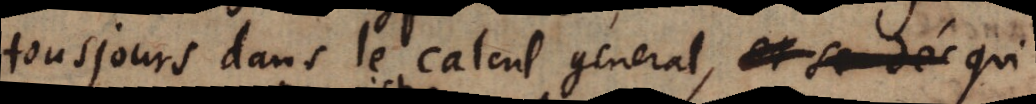
tousjours dans le calcul general, et se dés qui